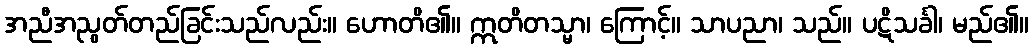
အညီအညွတ်တည်ခြင်းသည်လည်း။ ဟောတိ၏။ ဣတိတသ္မာ၊ ကြောင့်။ သာပညာ၊ သည်။ ပဋိသင်္ခါ၊ မည်၏။